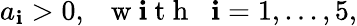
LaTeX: a_{\mathbf{i}}>0,\; \; \mathrm{{~w~\mathbf{i}~t~h~}}\; \; \mathbf{i}=1,...,5,